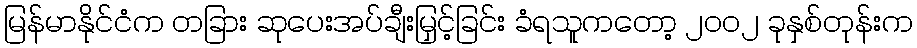
မြန်မာနိုင်ငံက တခြား ဆုပေးအပ်ချီးမြှင့်ခြင်း ခံရသူကတော့ ၂၀၀၂ ခုနှစ်တုန်းက